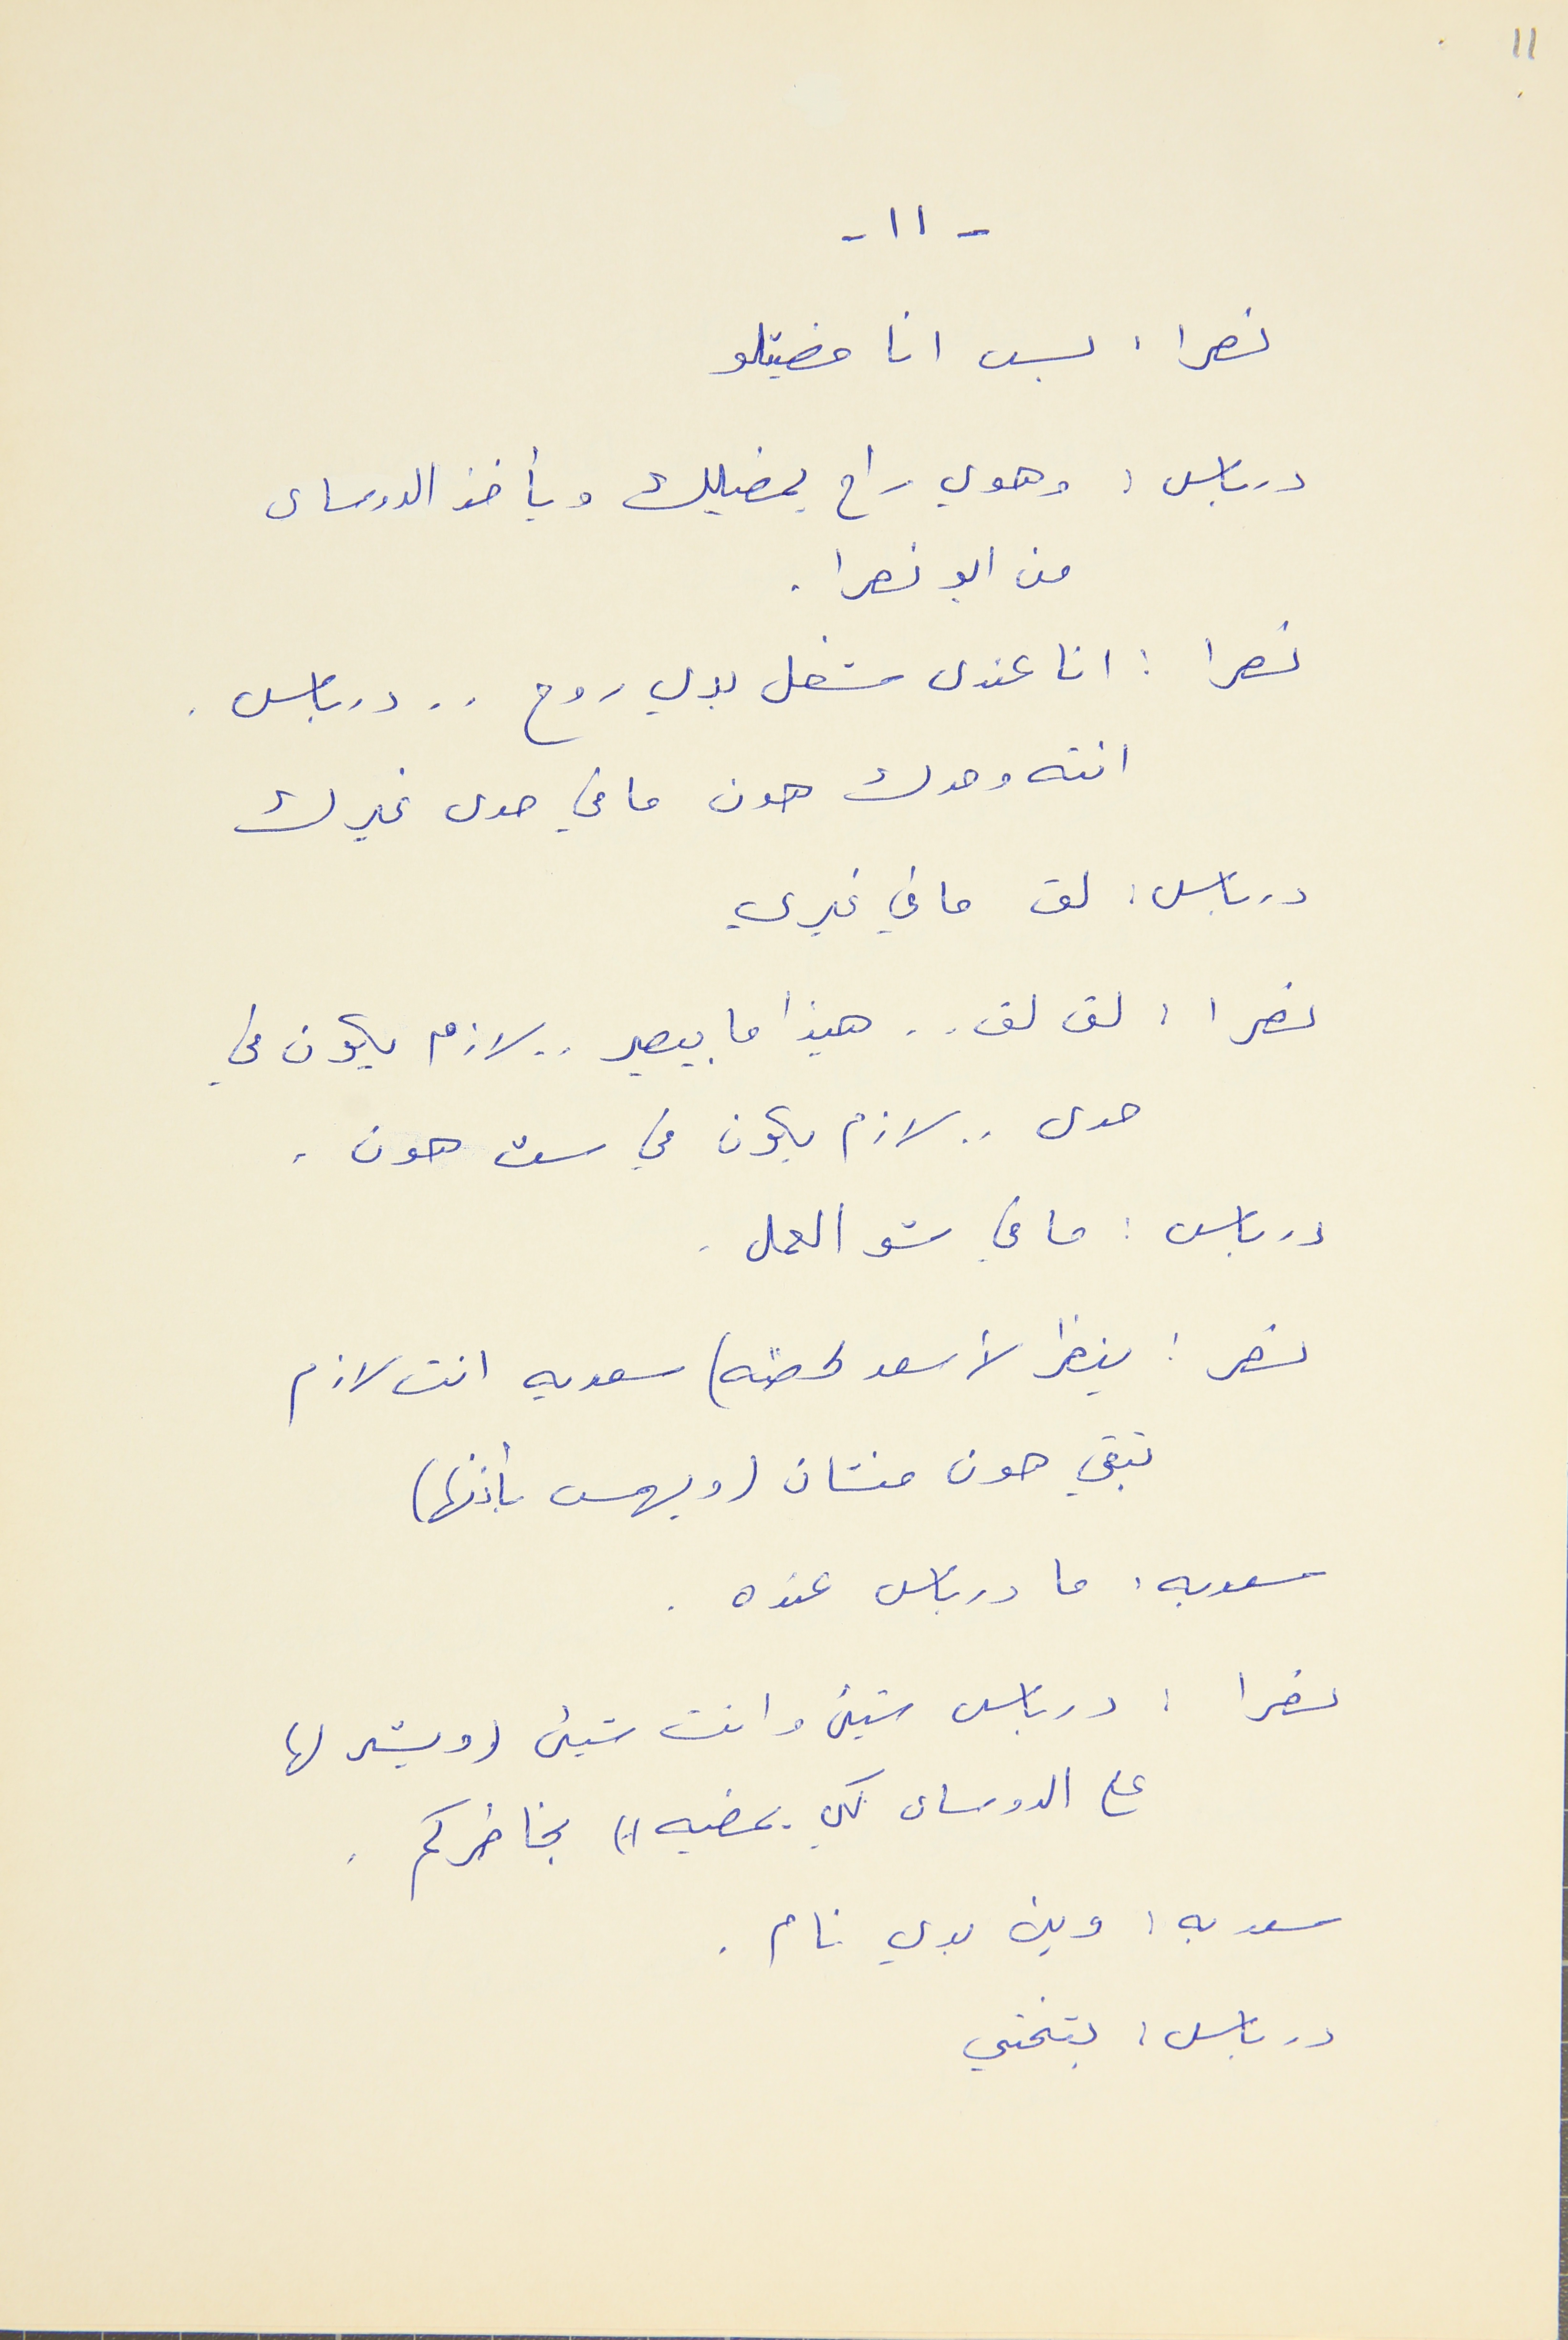
11
- ١١ -
نصرا : بس انا مضيتلو
درباس : وهوي راح يمضيلك ويأخذ الدوساى
من ابو نصرا .
نصرا : انا عندى شغل بدي روح . . درباس .
انته وحدك هون ما في حدى غيرك
درباس : لق ما في غيري
نصرا : لق لق . . هيذا ما بيصير . . لازم يكون في
حدى . . لازم يكون في ست هون .
درباس : ما في شو العمل .
نصر : ينظر لأسعد لحظه) سعديه انت لازم
تبقي هو منشان (ويهمس بأذنها)
سعديه : ما درباس عنده .
نصرا : درباس شيء وانت شيء (ويشر لها
على الدوساى كي يمضيه )) بخاطركم .
سعديه : وين بدي نام .
درباس : بتختي